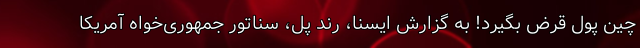
چین پول قرض بگیرد! به گزارش ایسنا، رند پل، سناتور جمهوری‌خواه آمریکا